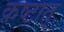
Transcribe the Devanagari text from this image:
कष्टात्